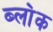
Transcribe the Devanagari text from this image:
ब्ला॓क